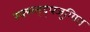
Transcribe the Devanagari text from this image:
स्फ्स्ग्त्द्फ्जुग्यित